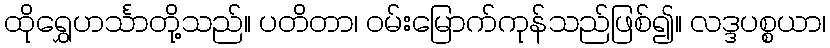
ထိုရွှေဟင်္သာတို့သည်။ ပတိတာ၊ ဝမ်းမြောက်ကုန်သည်ဖြစ်၍။ လဒ္ဒပစ္စယာ၊